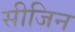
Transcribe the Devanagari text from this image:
सीजिन